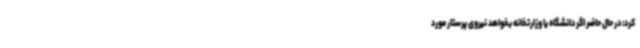
کرد: در حال حاضر اگر دانشگاه یا وزارتخانه بخواهد نیروی پرستار مورد